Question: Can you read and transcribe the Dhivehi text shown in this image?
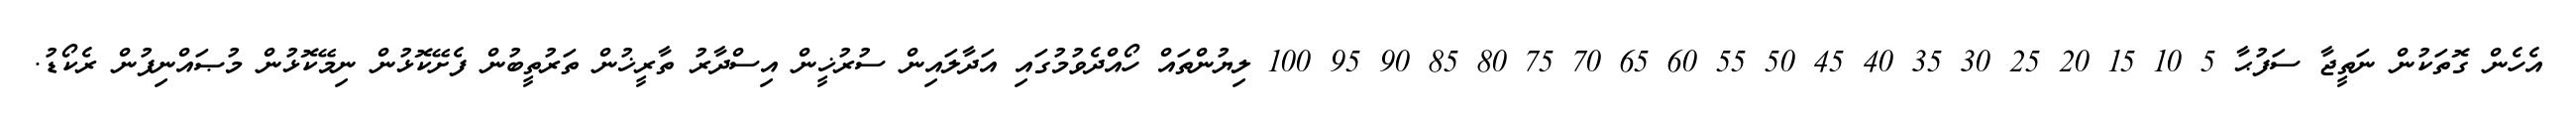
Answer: އެހެން ގޮތަކުން ނަތީޖާ ސަފުޙާ 5 10 15 20 25 30 35 40 45 50 55 60 65 70 75 80 85 90 95 100 ލިޔުންތައް ހޯއްދެވުމުގައި އަދާލައިން ސުރުޚީން އިސްދާރު ތާރީޚުން ތަރުތީބުން ފެށޭކޮޅުން ނިމޭކޮޅުން މުޞައްނިފުން ރެކޯޑު.